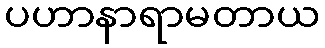
ပဟာနာရာမတာယ